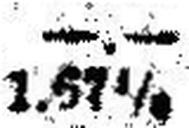
1.67½